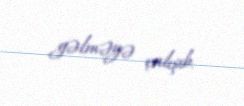
gəlməyə çalışıb.